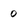
Character: 0